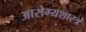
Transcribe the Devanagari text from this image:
आरोग्यशास्त्र